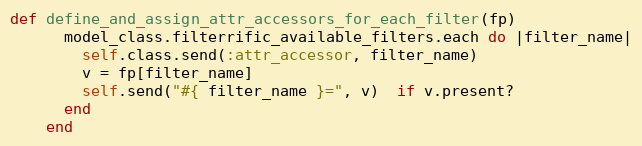
Language: Ruby
def define_and_assign_attr_accessors_for_each_filter(fp)
      model_class.filterrific_available_filters.each do |filter_name|
        self.class.send(:attr_accessor, filter_name)
        v = fp[filter_name]
        self.send("#{ filter_name }=", v)  if v.present?
      end
    end